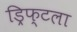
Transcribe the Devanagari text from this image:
ड्रिफ्टला